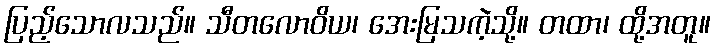
ပြည့်သောလသည်။ သီတလောဝိယ၊ အေးမြသကဲ့သို့။ တထာ၊ ထို့အတူ။